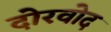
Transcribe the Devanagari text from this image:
दोरवोद